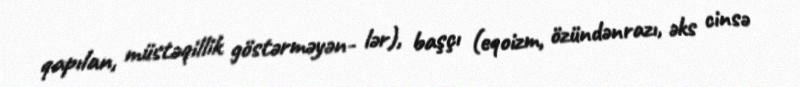
qapılan, müstəqillik göstərməyən- lər), başçı (eqoizm, özündənrazı, əks cinsə